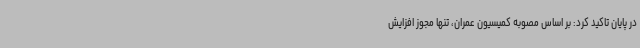
در پایان تاکید کرد: بر اساس مصوبه کمیسیون عمران، تنها مجوز افزایش